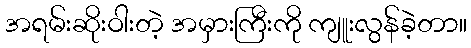
အရမ်းဆိုးဝါးတဲ့ အမှားကြီးကို ကျူးလွန်ခဲ့တာ။